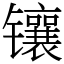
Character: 镶